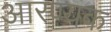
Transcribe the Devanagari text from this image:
आरण्‍यक